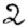
Digit: 2